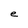
Character: e